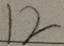
1 2